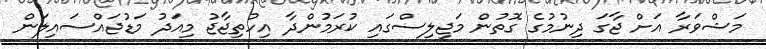
މަޝްވަރާ އަށް ޖާގަ ދިނުމުގެ ގޮތުން މަޖިލިސްގައި ކުރަމުންދާ އިހުތިޖާޖު މިއަދު މަޑުޖައްސައިލަން